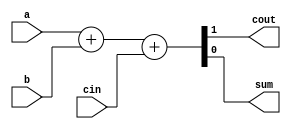
module csa3to2 #(
        parameter DATA_WIDTH = 1
    )(
        input [DATA_WIDTH - 1:0] a,
        input [DATA_WIDTH - 1:0] b,
        input cin,

        output cout,
        output [DATA_WIDTH - 1:0] sum
    );

    assign {cout, sum} = a + b + cin;

endmodule